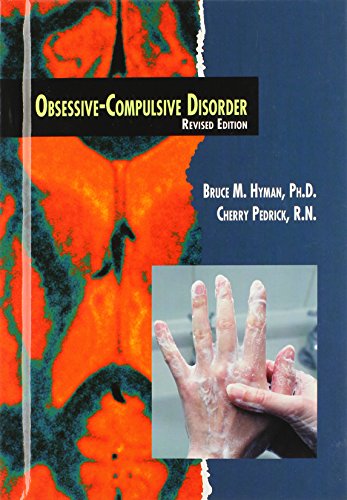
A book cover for Obsessive-Compulsive Disorder (Twenty-First Century Medical Library); Bruce M., Ph.D. Hyman; Teen & Young Adult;